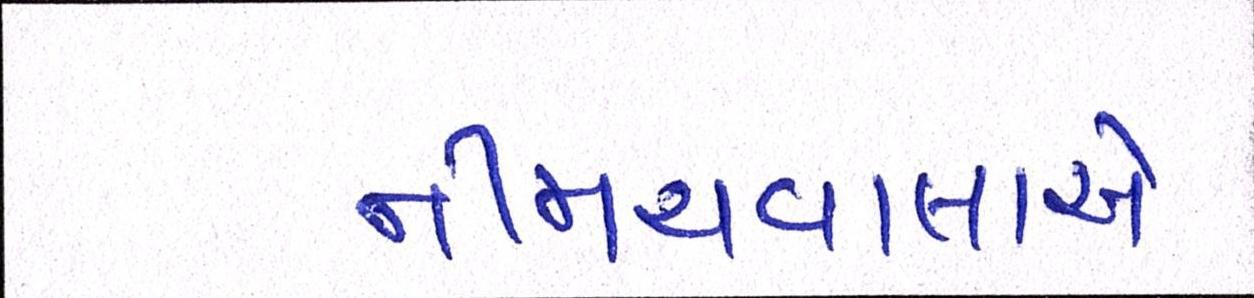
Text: નીમચવાલાએ